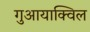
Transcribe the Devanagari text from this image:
गुआयाक्विल